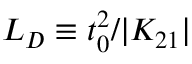
L _ { D } \equiv t _ { 0 } ^ { 2 } / | K _ { 2 1 } |